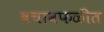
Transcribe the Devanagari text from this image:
बचावफळीत